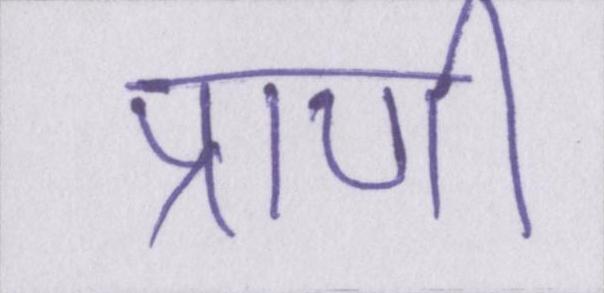
प्राणी